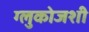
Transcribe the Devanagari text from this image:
ग्लुकोजशी